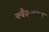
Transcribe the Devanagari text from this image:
क्वैकवाच